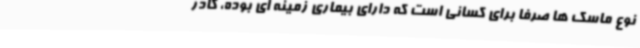
نوع ماسک ها صرفا برای کسانی است که دارای بیماری زمینه ای بوده، کادر